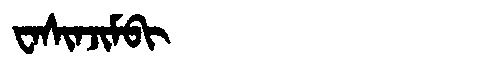
Manchu: ᠸᠠᠰᡳᠨᠵᡳᠮᠪᡳ
Romanization: WASINJIMBI